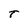
Character: T